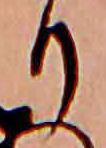
り